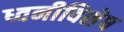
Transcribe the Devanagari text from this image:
ध्वनीविशेष